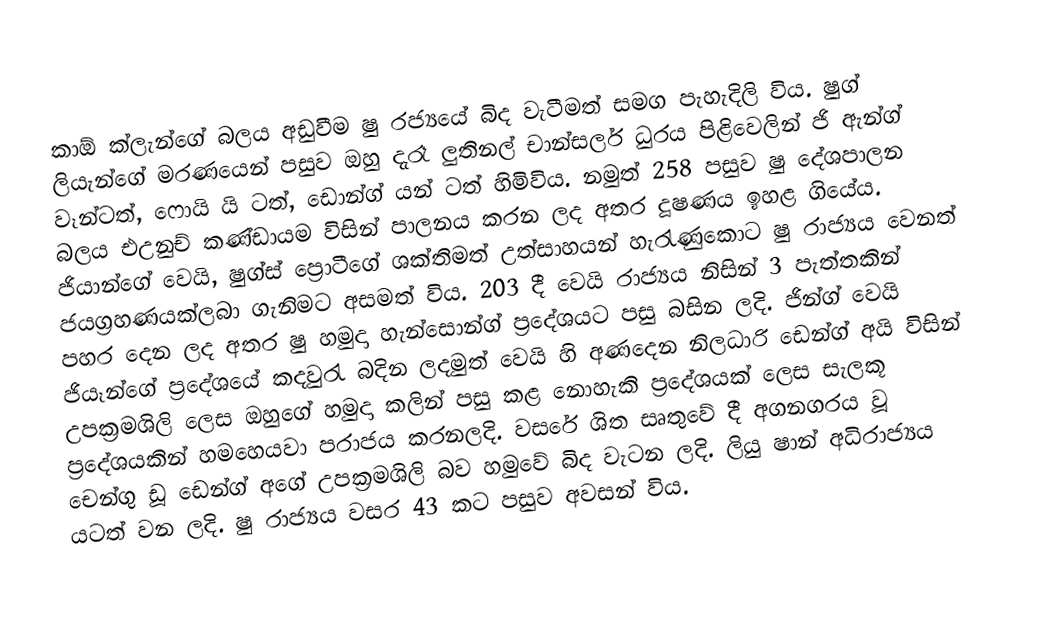
කාඕ ක්ලැන්ගේ බලය අඩුවීම ෂු රජ්‍යයේ බිද වැටීමත් සමග පැහැදිලි විය. ෂුග් ලියැන්ගේ මරණයෙන් පසුව  ඔහු දැරෑ ලුතිනල් චාන්සලර් ධුරය පිළිවෙලින් ජි ඇන්ග් වෑන්ටත්, ෆොයි යි ටත්, ඩොන්ග් යන් ටත් හිමිවිය.  නමුත් 258 පසුව ෂු දේශපාලන බලය එඋනුච් කණ්ඩායම විසින් පාලනය කරන ලද අතර දූෂණය ඉහළ ගියේය. ජියාන්ගේ වෙයි, ෂුග්ස්  ප්‍රොටීගේ ශක්තිමත් උත්සාහයන් හැරැණුකොට ෂු රාජ්‍යය වෙනත් ජයග්‍රහණයක්ලබා ගැනිමට අසමත් විය. 203 දී වෙයි රාජ්‍යය නිසින් 3 පැත්තකින් පහර දෙන ලද අතර ෂු හමුදා  හැන්සොන්ග් ප්‍රදේශයට පසු බසින ලදි. ජින්ග් වෙයි ජියෑන්ගේ ප්‍රදේශයේ කදවුරැ බදින ලදමුත් වෙයි හි අණදෙන නිලධාරි ඩෙන්ග් අයි විසින් උපක්‍රමශිලි ලෙස ඔහුගේ හමුදා කලින් පසු කළ  නොහැකි ප්‍රදේශයක් ලෙස සැලකූ ප්‍රදේශයකින් හමහෙයවා පරාජය කරනලදි. වසරේ ශිත සෘතුවේ දී අගනගරය වූ චෙන්ගු ඩූ ඩෙන්ග් අගේ උපක්‍රමශිලි බව හමුවේ බිද වැටන ලදි. ලියු  ෂාන් අධිරාජ්‍යය යටත් වන ලදි. ෂු රාජ්‍යය වසර 43 කට පසුව අවසන් විය.